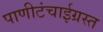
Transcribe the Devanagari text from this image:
पाणीटंचाईग्रस्त